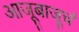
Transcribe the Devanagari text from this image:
आजूबाजूचं